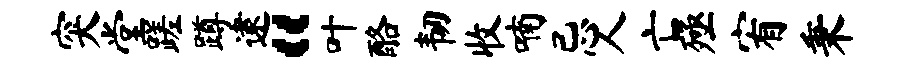
突堂蹉蹲逮“叶酪韧收喃忌人亡殛宥秉